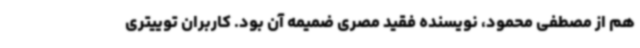
هم از مصطفی محمود، نویسنده فقید مصری ضمیمه آن بود. کاربران توییتری